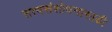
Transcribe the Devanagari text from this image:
सत्यसंशोधनासाठी